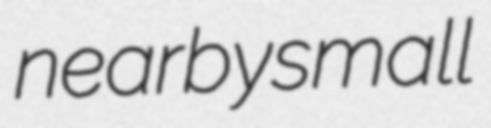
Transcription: nearby small